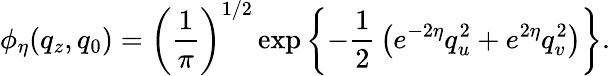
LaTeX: \phi_{\eta}(q_{z},q_{0})=\left({\frac{1}{\pi}}\right)^{1/2}\exp\left\{ -{\frac{1}{2}}\left(e^{-2\eta}q_{u}^{2}+e^{2\eta}q_{v}^{2}\right)\right\} .